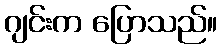
ဂျင်းက ပြောသည်။